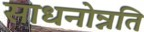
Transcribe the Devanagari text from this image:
साधनोन्नति